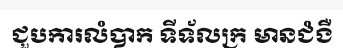
ជួបការលំបាក ទីទ័លក្រ មានជំងឺ